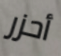
أحزر